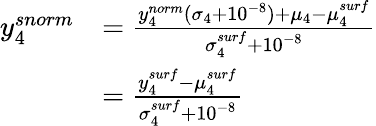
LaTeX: \begin{array}{rl}{y_{4}^{snorm}}&{=\frac{y_{4}^{norm}(\sigma_{4}+10^{-8})+\mu_{4}-\mu_{4}^{surf}}{\sigma_{4}^{surf}+10^{-8}}}\\ &{=\frac{y_{4}^{surf}-\mu_{4}^{surf}}{\sigma_{4}^{surf}+10^{-8}}}\end{array}